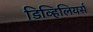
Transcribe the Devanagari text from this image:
डिव्हिलियर्स